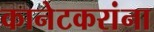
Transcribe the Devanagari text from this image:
कानेटकरांना